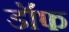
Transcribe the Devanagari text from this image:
डॉफ